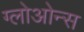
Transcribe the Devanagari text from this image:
ग्लोओन्स